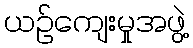
ယဉ်ကျေးမှုအဖွဲ့